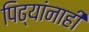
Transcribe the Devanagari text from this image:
पिढ्यांनाही